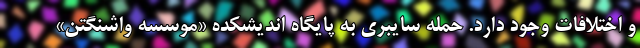
و اختلافات وجود دارد. حمله سایبری به پایگاه اندیشکده «موسسه واشنگتن»